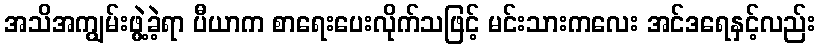
အသိအကျွမ်းဖွဲ့ခဲ့ရာ ပီယာက စာရေးပေးလိုက်သဖြင့် မင်းသားကလေး အင်ဒရေနှင့်လည်း